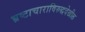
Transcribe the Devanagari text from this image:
भ्रष्टाचाराविरुद्धदेखील